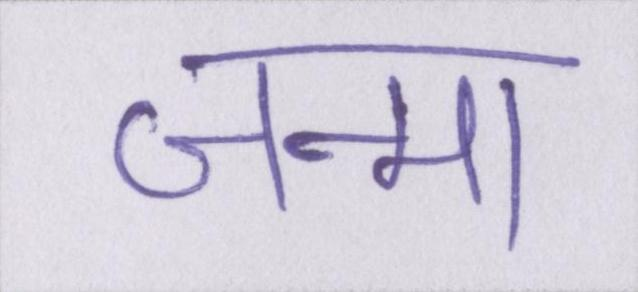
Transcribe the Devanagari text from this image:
जन्मा